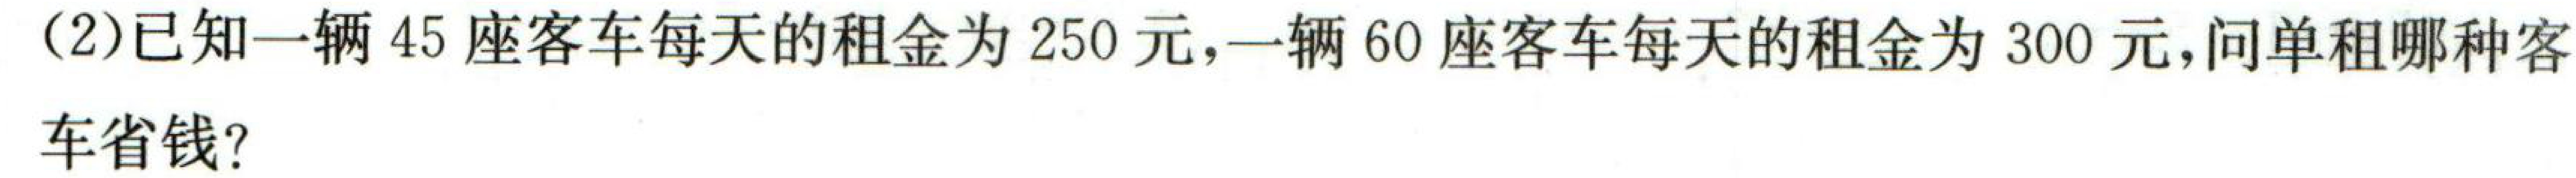
(2)已知一辆45座客车每天的租金为250元,一辆60座客车每天的租金为300元,问单租哪种客

车省钱?